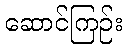
ဆောင်ကြဉ်း